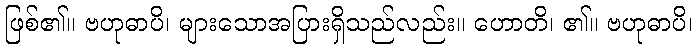
ဖြစ်၏။ ဗဟုဓာပိ၊ များသောအပြားရှိသည်လည်း။ ဟောတိ၊ ၏။ ဗဟုဓာပိ၊